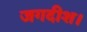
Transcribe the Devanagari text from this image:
जगदीश।